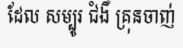
ដែល សម្បូរ ជំងឺ គ្រុនចាញ់